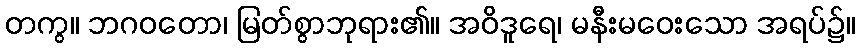
တကွ။ ဘဂဝတော၊ မြတ်စွာဘုရား၏။ အဝိဒူရေ၊ မနီးမဝေးသော အရပ်၌။